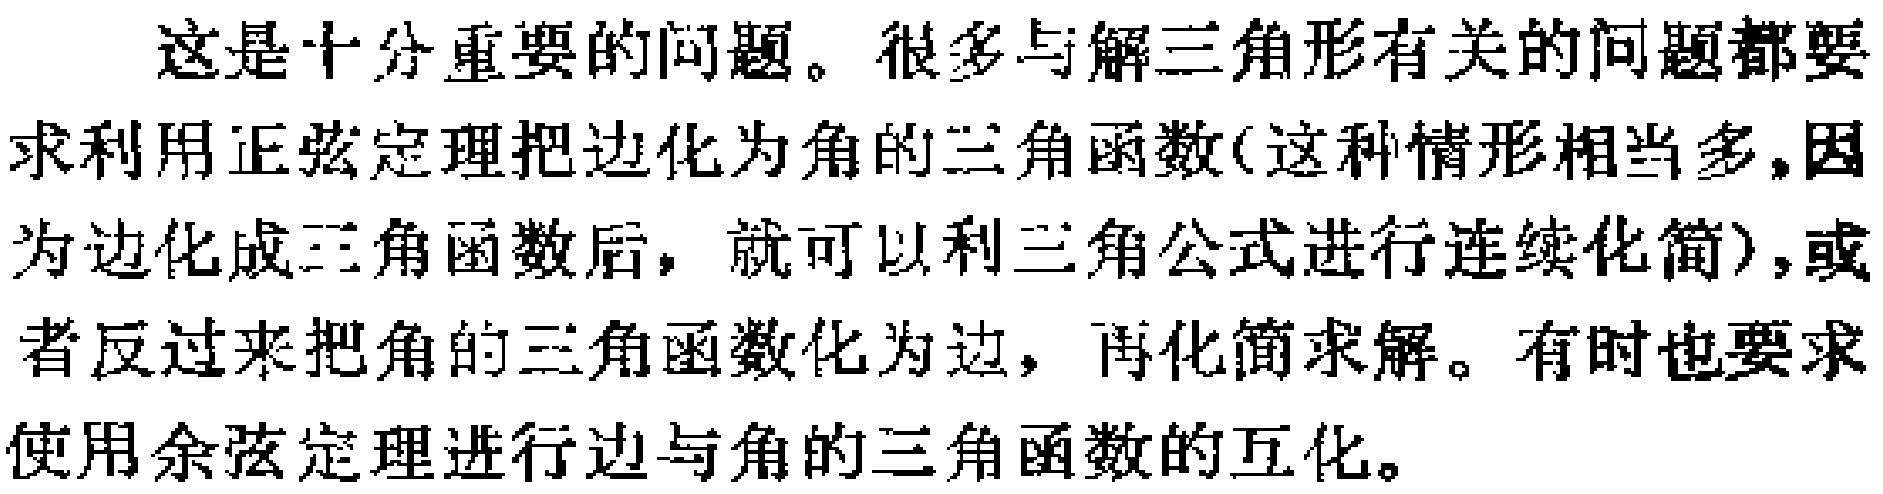
这是十分重要的问题。很多与解三角形有关的问题都要求利用正弦定理把边化为角的三角函数(这种情形相当多,因为边化成三角函数后，就可以利三角公式进行连续化简),或者反过来把角的三角函数化为边，再化简求解。有时也要求使用余弦定理进行边与角的三角函数的互化。